Proceedings of the meeting of veterinary officers in India
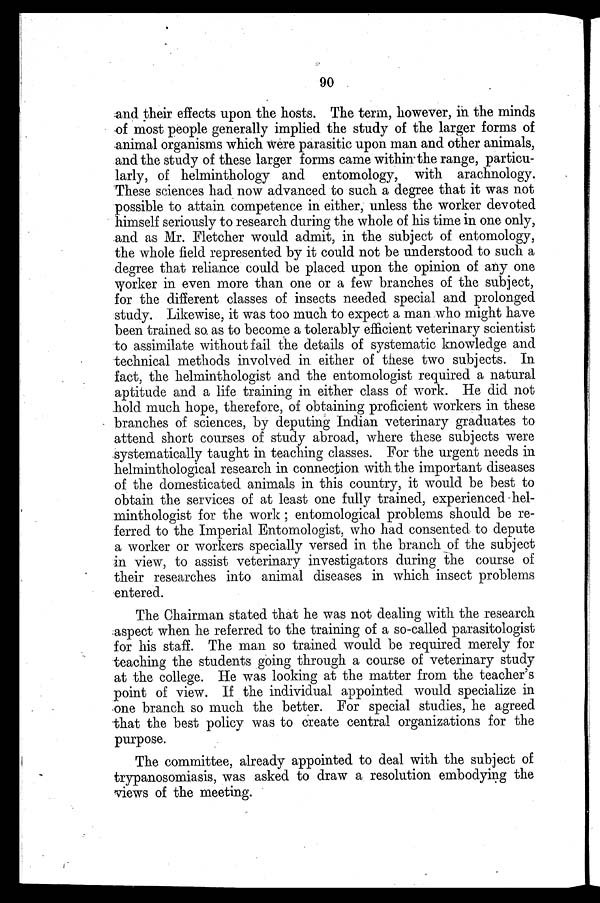
90
and their effects upon the hosts. The term, however, in the minds
of most people generally implied the study of the larger forms of
animal organisms which were parasitic upon man and other animals,
and the study of these larger forms came within the range, particu-
larly, of helminthology and entomology, with arachnology.
These sciences had now advanced to such a degree that it was not
possible to attain competence in either, unless the worker devoted
himself seriously to research during the whole of his time in one only,
and as Mr. Fletcher would admit, in the subject of entomology,
the whole field represented by it could not be understood to such a
degree that reliance could be placed upon the opinion of any one
worker in even more than one or a few branches of the subject,
for the different classes of insects needed special and prolonged
study. Likewise, it was too much to expect a man who might have
been trained so. as to become a tolerably efficient veterinary scientist
to assimilate without fail the details of systematic knowledge and
technical methods involved in either of these two subjects. In
fact, the helminthologist and the entomologist required a natural
aptitude and a life training in either class of work. He did not
hold much hope, therefore, of obtaining proficient workers in these
branches of sciences, by deputing Indian veterinary graduates to
attend short courses of study abroad, where these subjects were
systematically taught in teaching classes. For the urgent needs in
helminthological research in connection with the important diseases
of the domesticated animals in this country, it would be best to
obtain the services of at least one fully trained, experienced hel-
minthologist for the work; entomological problems should be re-
ferred to the Imperial Entomologist, who had consented to depute
a worker or workers specially versed in the branch of the subject
in view, to assist veterinary investigators during the course of
their researches into animal diseases in which insect problems
entered.
The Chairman stated that he was not dealing with the research
aspect when he referred to the training of a so-called parasitologist
for his staff. The man so trained would be required merely for
teaching the students going through a course of veterinary study
at the college. He was looking at the matter from the teacher's
point of view. If the individual appointed would specialize in
one branch so much the better. For special studies, he agreed
that the best policy was to create central organizations for the
purpose.
The committee, already appointed to deal with the subject of
trypanosomiasis, was asked to draw a resolution embodying the
views of the meeting.